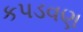
કપડવણ